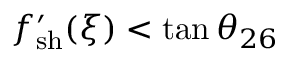
f _ { \mathrm { { s h } } } ^ { \prime } ( \xi ) < \tan \theta _ { 2 6 }